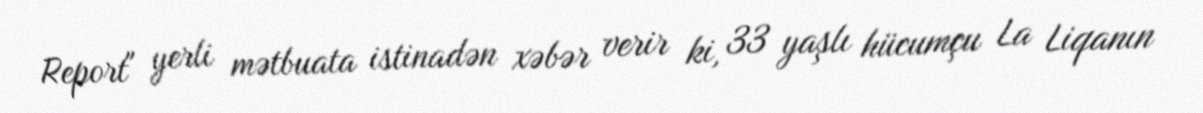
Report" yerli mətbuata istinadən xəbər verir ki, 33 yaşlı hücumçu La Liqanın